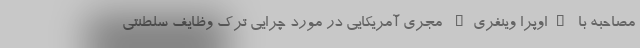
مصاحبه با "اوپرا وینفری" مجری آمریکایی در مورد چرایی ترک وظایف سلطنتی